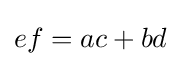
\displaystyle ef=ac+bd